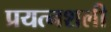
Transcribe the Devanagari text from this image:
प्रयत्नशली